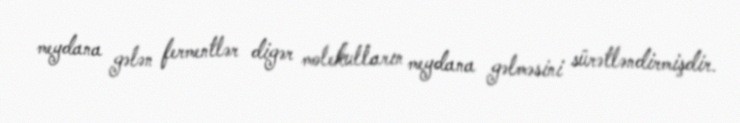
meydana gələn fermentlər digər molekulların meydana gəlməsini sürətləndirmişdir.